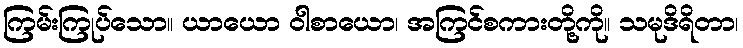
ကြမ်းကြုပ်သော။ ယာယော ဝါစာယော၊ အကြင်စကားတို့ကို။ သမုဒိရိတာ၊